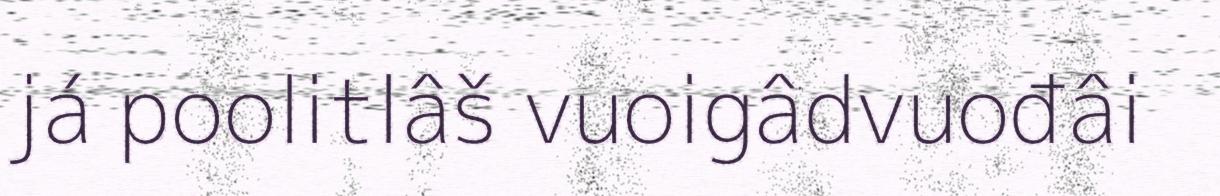
já poolitlâš vuoigâdvuođâi